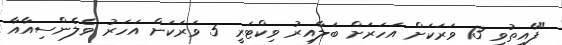
"ފާއިތުވި 13 ވަރަކަށް އަހަރަށް ބަލާއިރު ވިކްޓަރީ 5 ވަރަކަށް އަހަރު ވެލެންސިއާއާ